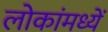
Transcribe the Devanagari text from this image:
लोकांमध्यें